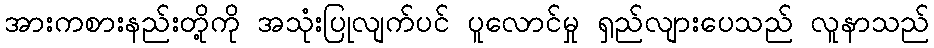
အားကစားနည်းတို့ကို အသုံးပြုလျက်ပင် ပူလောင်မှု ရှည်လျားပေသည် လူနာသည်